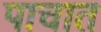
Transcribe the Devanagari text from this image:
पाचात